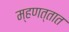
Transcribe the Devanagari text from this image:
म्हणत्तात